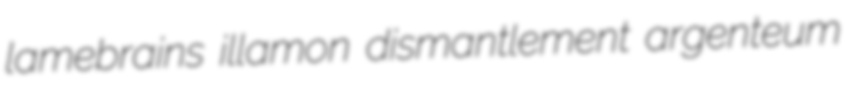
lamebrains illamon dismantlement argenteum